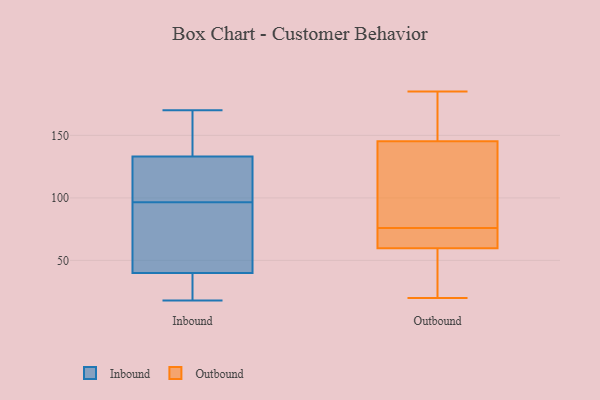
{"axis": {"x": "Backlog", "y": "Value"}, "legend": ["Inbound", "Outbound"], "data": [{"x": "", "y": 114, "type": "Inbound"}, {"x": "", "y": 40, "type": "Inbound"}, {"x": "", "y": 128, "type": "Inbound"}, {"x": "", "y": 150, "type": "Inbound"}, {"x": "", "y": 27, "type": "Inbound"}, {"x": "", "y": 170, "type": "Inbound"}, {"x": "", "y": 62, "type": "Inbound"}, {"x": "", "y": 145, "type": "Inbound"}, {"x": "", "y": 57, "type": "Inbound"}, {"x": "", "y": 19, "type": "Inbound"}, {"x": "", "y": 33, "type": "Inbound"}, {"x": "", "y": 93, "type": "Inbound"}, {"x": "", "y": 18, "type": "Inbound"}, {"x": "", "y": 133, "type": "Inbound"}, {"x": "", "y": 100, "type": "Inbound"}, {"x": "", "y": 130, "type": "Inbound"}, {"x": "", "y": 142, "type": "Inbound"}, {"x": "", "y": 43, "type": "Inbound"}, {"x": "", "y": 76, "type": "Outbound"}, {"x": "", "y": 20, "type": "Outbound"}, {"x": "", "y": 90, "type": "Outbound"}, {"x": "", "y": 120, "type": "Outbound"}, {"x": "", "y": 93, "type": "Outbound"}, {"x": "", "y": 134, "type": "Outbound"}, {"x": "", "y": 169, "type": "Outbound"}, {"x": "", "y": 172, "type": "Outbound"}, {"x": "", "y": 185, "type": "Outbound"}, {"x": "", "y": 73, "type": "Outbound"}, {"x": "", "y": 66, "type": "Outbound"}, {"x": "", "y": 153, "type": "Outbound"}, {"x": "", "y": 55, "type": "Outbound"}, {"x": "", "y": 68, "type": "Outbound"}, {"x": "", "y": 48, "type": "Outbound"}, {"x": "", "y": 149, "type": "Outbound"}, {"x": "", "y": 22, "type": "Outbound"}, {"x": "", "y": 58, "type": "Outbound"}, {"x": "", "y": 65, "type": "Outbound"}]}